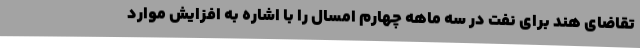
تقاضای هند برای نفت در سه ماهه چهارم امسال را با اشاره به افزایش موارد